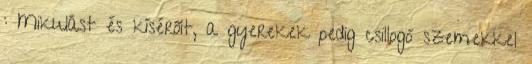
: Mikulást és kísérőit, a gyerekek pedig csillogó szemekkel